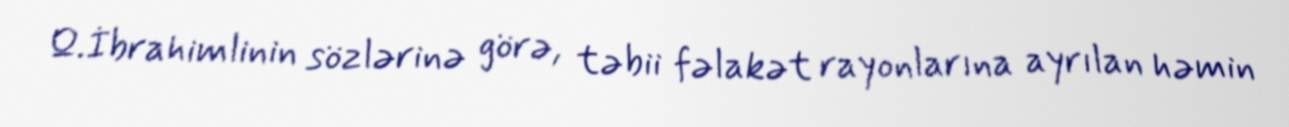
Q.İbrahimlinin sözlərinə görə, təbii fəlakət rayonlarına ayrılan həmin